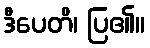
ဒီပေတိ၊ ပြ၏။